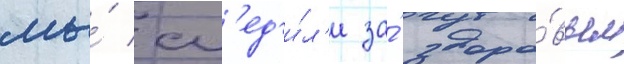
мы́ сл'ед'и́л'и за́ здоро́вьем